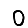
Digit: 0